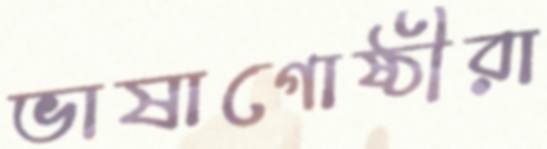
ভাষাগোষ্ঠীরা